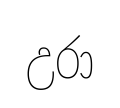
උරා